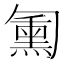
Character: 𱑁